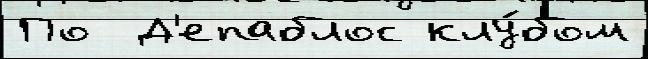
По  Д'епаблос клу́бом